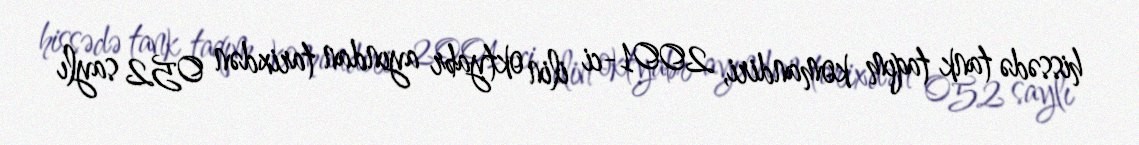
hissədə tank taqım komandiri, 2001-ci ilin oktyabr ayından tarixdən 052 saylı